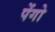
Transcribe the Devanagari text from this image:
पेंगो